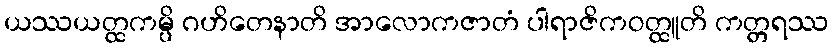
ယဿယတ္ထကမ္ပိ ဂဟိတေနာတိ အာလောကဇာတံ ပါရာဇိကဝတ္ထူတိ ကတ္တရဿ